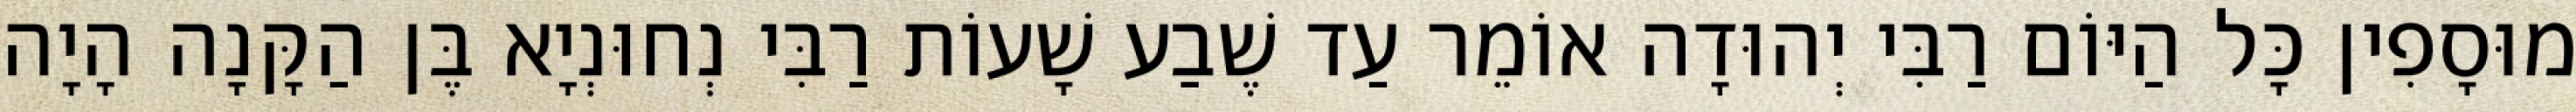
מוּסָפִין כָּל הַיּוֹם רַבִּי יְהוּדָה אוֹמֵר עַד שֶׁבַע שָׁעוֹת רַבִּי נְחוּנְיָא בֶּן הַקָּנָה הָיָה